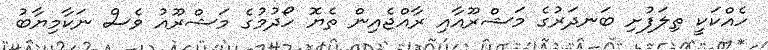
ހެއްކަކީ ތިލަފުށި ބަނދަރުގެ މަޝްރޫއާއި ރާއްޖެއިން ތެޔޮ ހޯދުމުގެ މަޝްރޫއު ވެސް ނަކާމިޔާބު